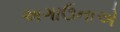
અગાઉનાએ